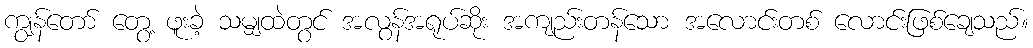
ကျွန်တော် တွေ့ ဖူးခဲ့ သမျှထဲတွင် အလွန်အရုပ်ဆိုး အကျည်းတန်သော အလောင်းတစ် လောင်းဖြစ်ချေသည်။